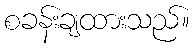
စခန်းချထားသည်။